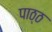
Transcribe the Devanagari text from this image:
पाठ्ठ